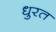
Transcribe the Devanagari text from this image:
धुरत